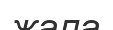
жала